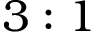
3 : 1